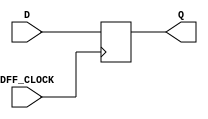
`timescale 1ns / 1ps
//////////////////////////////////////////////////////////////////////////////////
// Company: 
// Engineer: 
// 
// Design Name: 
// Module Name: DFF
// Project Name: 
// Target Devices: 
// Tool Versions: 
// Description: 
// 
// Dependencies: 
// 
// Revision:
// Revision 0.01 - File Created
// Additional Comments:
// 
//////////////////////////////////////////////////////////////////////////////////


module DFF(input DFF_CLOCK, D, output reg Q = 0);
     always @ (posedge DFF_CLOCK) begin
     Q <= D;
     end
endmodule